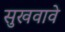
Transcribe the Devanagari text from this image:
सुखवावे